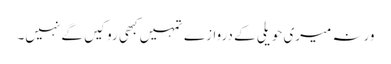
ورنہ میری حویلی کے دروازے تمہیں کبھی روکیں گے نہیں۔